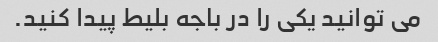
می توانید یکی را در باجه بلیط پیدا کنید.